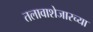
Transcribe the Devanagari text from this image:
तलावाशेजारच्या